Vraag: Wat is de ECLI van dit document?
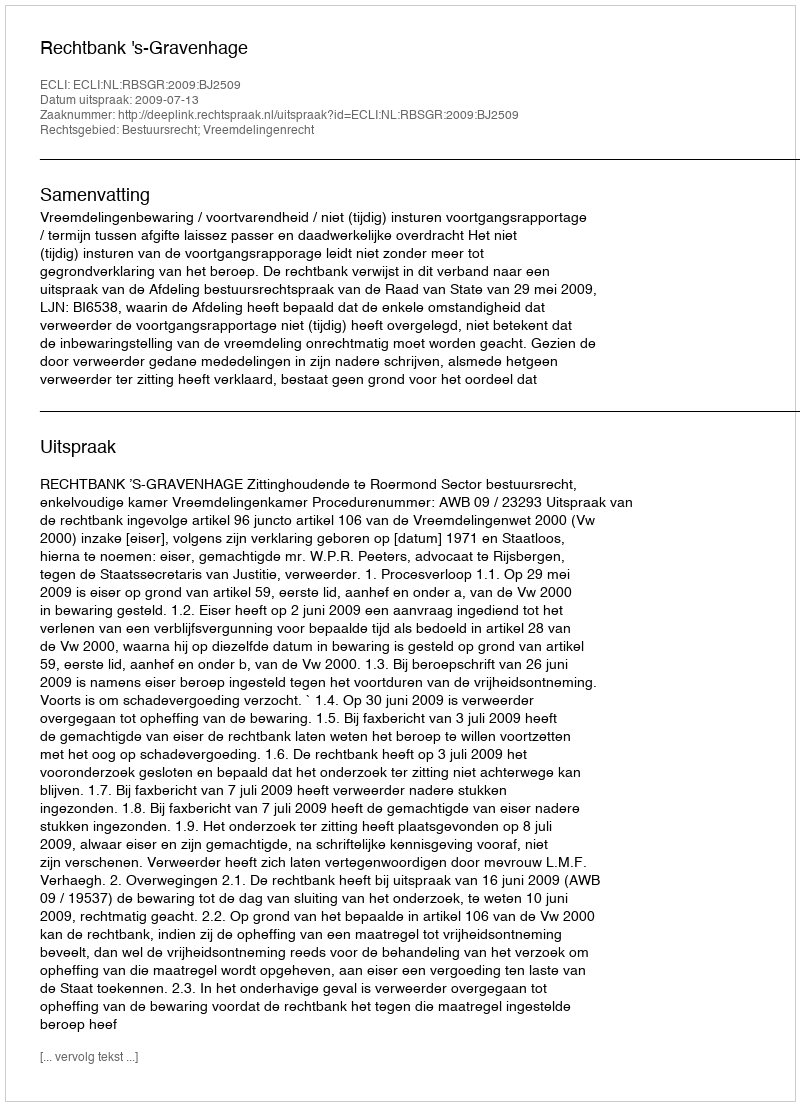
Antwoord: ECLI:NL:RBSGR:2009:BJ2509